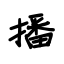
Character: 播